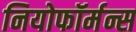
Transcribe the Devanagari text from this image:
नियोफॉर्मन्स